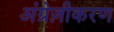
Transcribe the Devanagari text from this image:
अंग्रेज़ीकरण